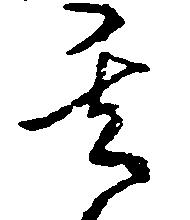
其